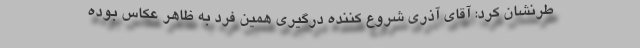
طرنشان کرد: آقای آذری شروع کننده درگیری همین فرد به ظاهر عکاس بوده